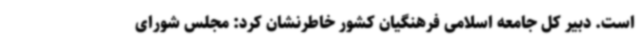
است. دبیر کل جامعه اسلامی فرهنگیان کشور خاطرنشان کرد: مجلس شورای